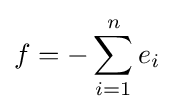
f=-\sum _{i=1}^{n}e_{i}